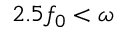
2 . 5 f _ { 0 } < \omega